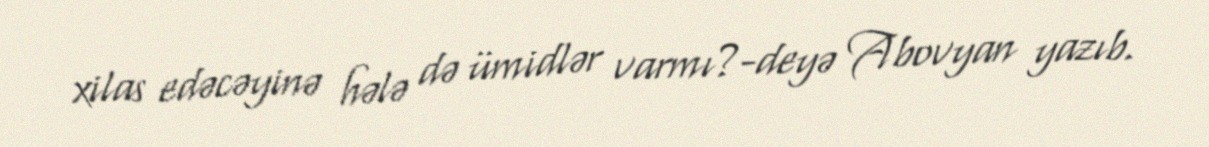
xilas edəcəyinə hələ də ümidlər varmı?-deyə Abovyan yazıb.